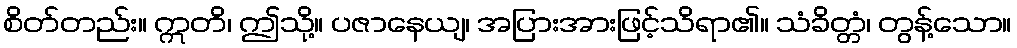
စိတ်တည်း။ ဣတိ၊ ဤသို့။ ပဇာနေယျ၊ အပြားအားဖြင့်သိရာ၏။ သံခိတ္တံ၊ တွန့်သော။